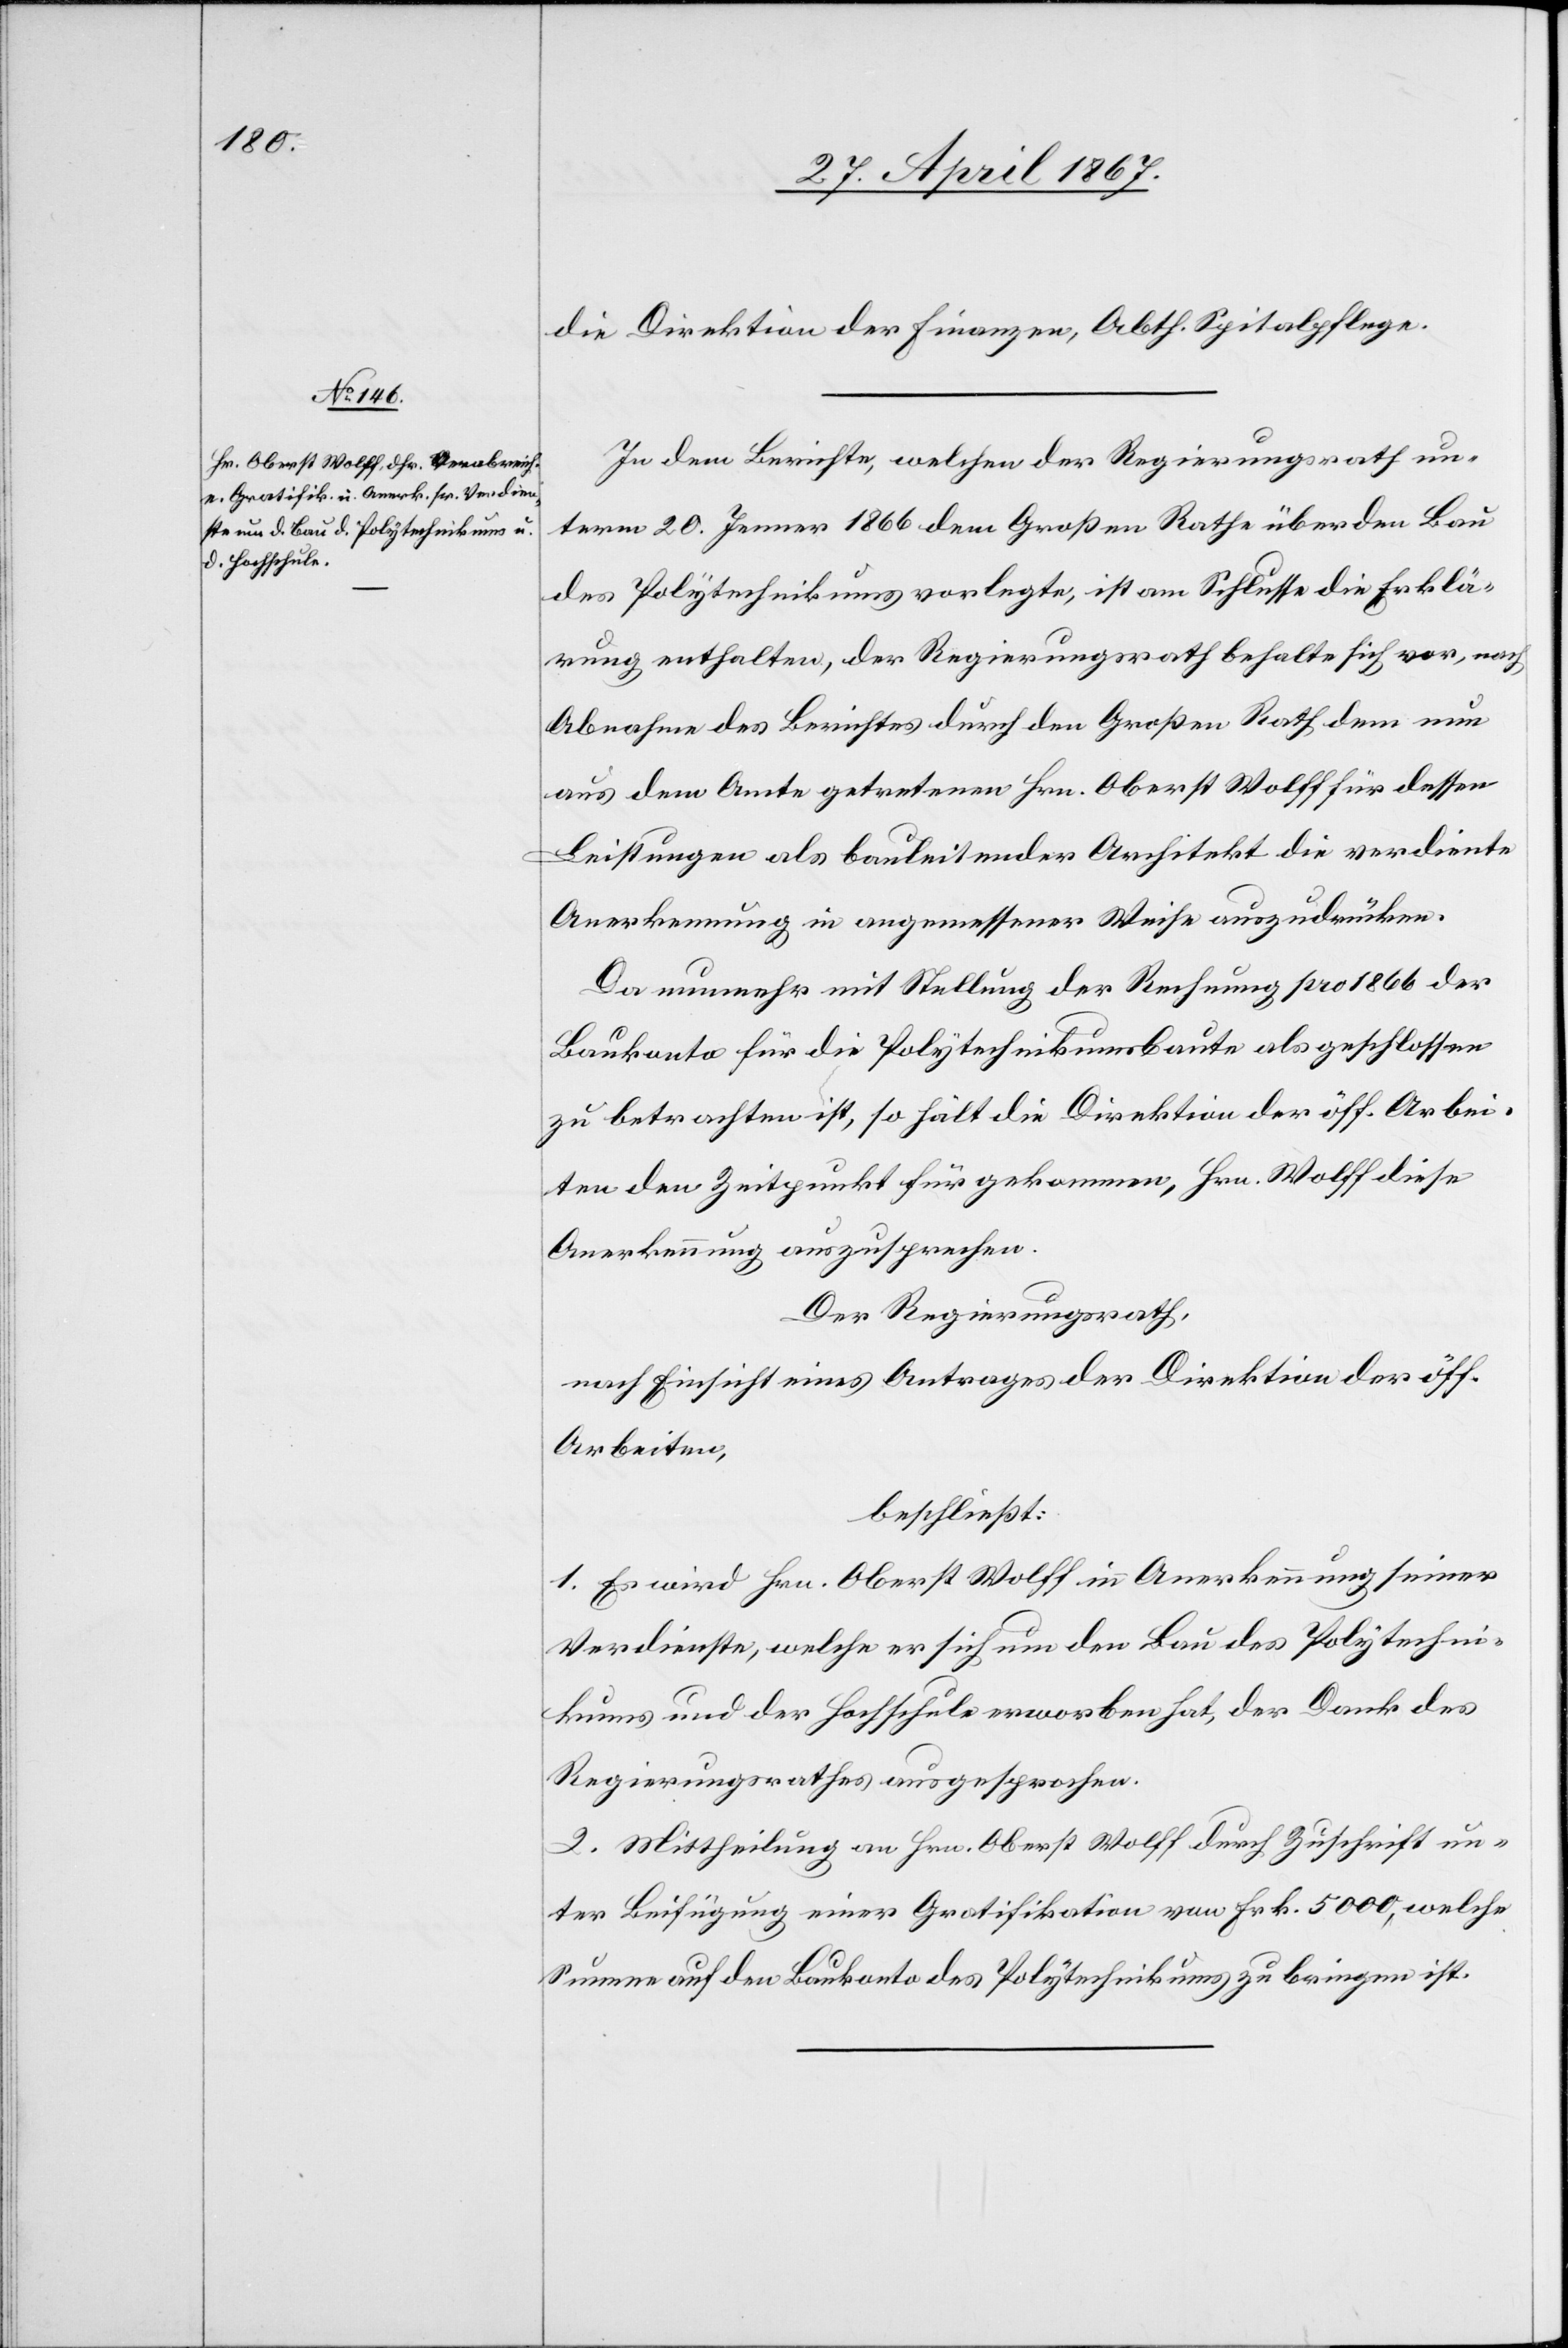
die Direktion der Finanzen, Abth. Spitalpflege.
In dem Berichte, welchen der Regierungsrath un¬
term 20. Jenner 1866 dem Großen Rathe über den Bau
des Polytechnikums vorlegte, ist am Schlusse die Erklä¬
rung enthalten, der Regierungsrath behalte sich vor, nach
Abnahme des Berichtes durch den Großen Rath dem nun
aus dem Amte getretenen Hrn. Oberst Wolff für dessen
Leistungen als bauleitender Architekt die verdiente
Anerkennung in angemessener Weise auszudrücken.
Da nunmehr mit Stellung der Rechnung pro 1866 der
Baukonto für die Polytechnikumsbaute als geschlossen
zu betrachten ist, so hält die Direktion der öff. Arbei¬
ten den Zeitpunkt für gekommen, Hrn. Wolff diese
Anerkennung auszusprechen.
Der Regierungsrath,
nach Einsicht eines Antrages der Direktion der öff.
Arbeiten,
beschließt:
1. Es wird Hrn. Oberst Wolff in Anerkennung seiner
Verdienste, welche er sich um den Bau des Polytechni¬
kums und der Hochschule erworben hat, der Dank des
Regierungsrathes ausgesprochen.
2. Mittheilung an Hrn. Oberst Wolff durch Zuschrift un¬
ter Beifügung einer Gratifikation von Frk. 5000, welche
Summe auf den Baukonto des Polytechnikums zu bringen ist.